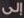
إلى